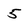
Character: 5